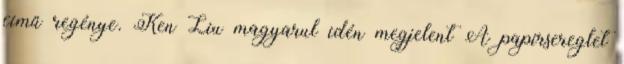
című regénye. Ken Liu magyarul idén megjelent A papírsereglet